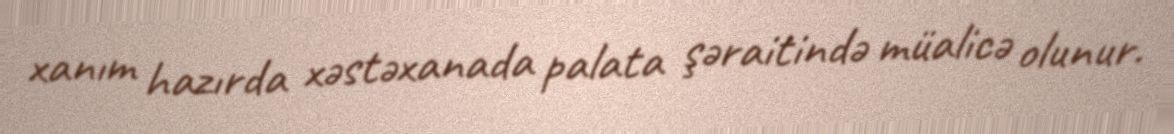
xanım hazırda xəstəxanada palata şəraitində müalicə olunur.